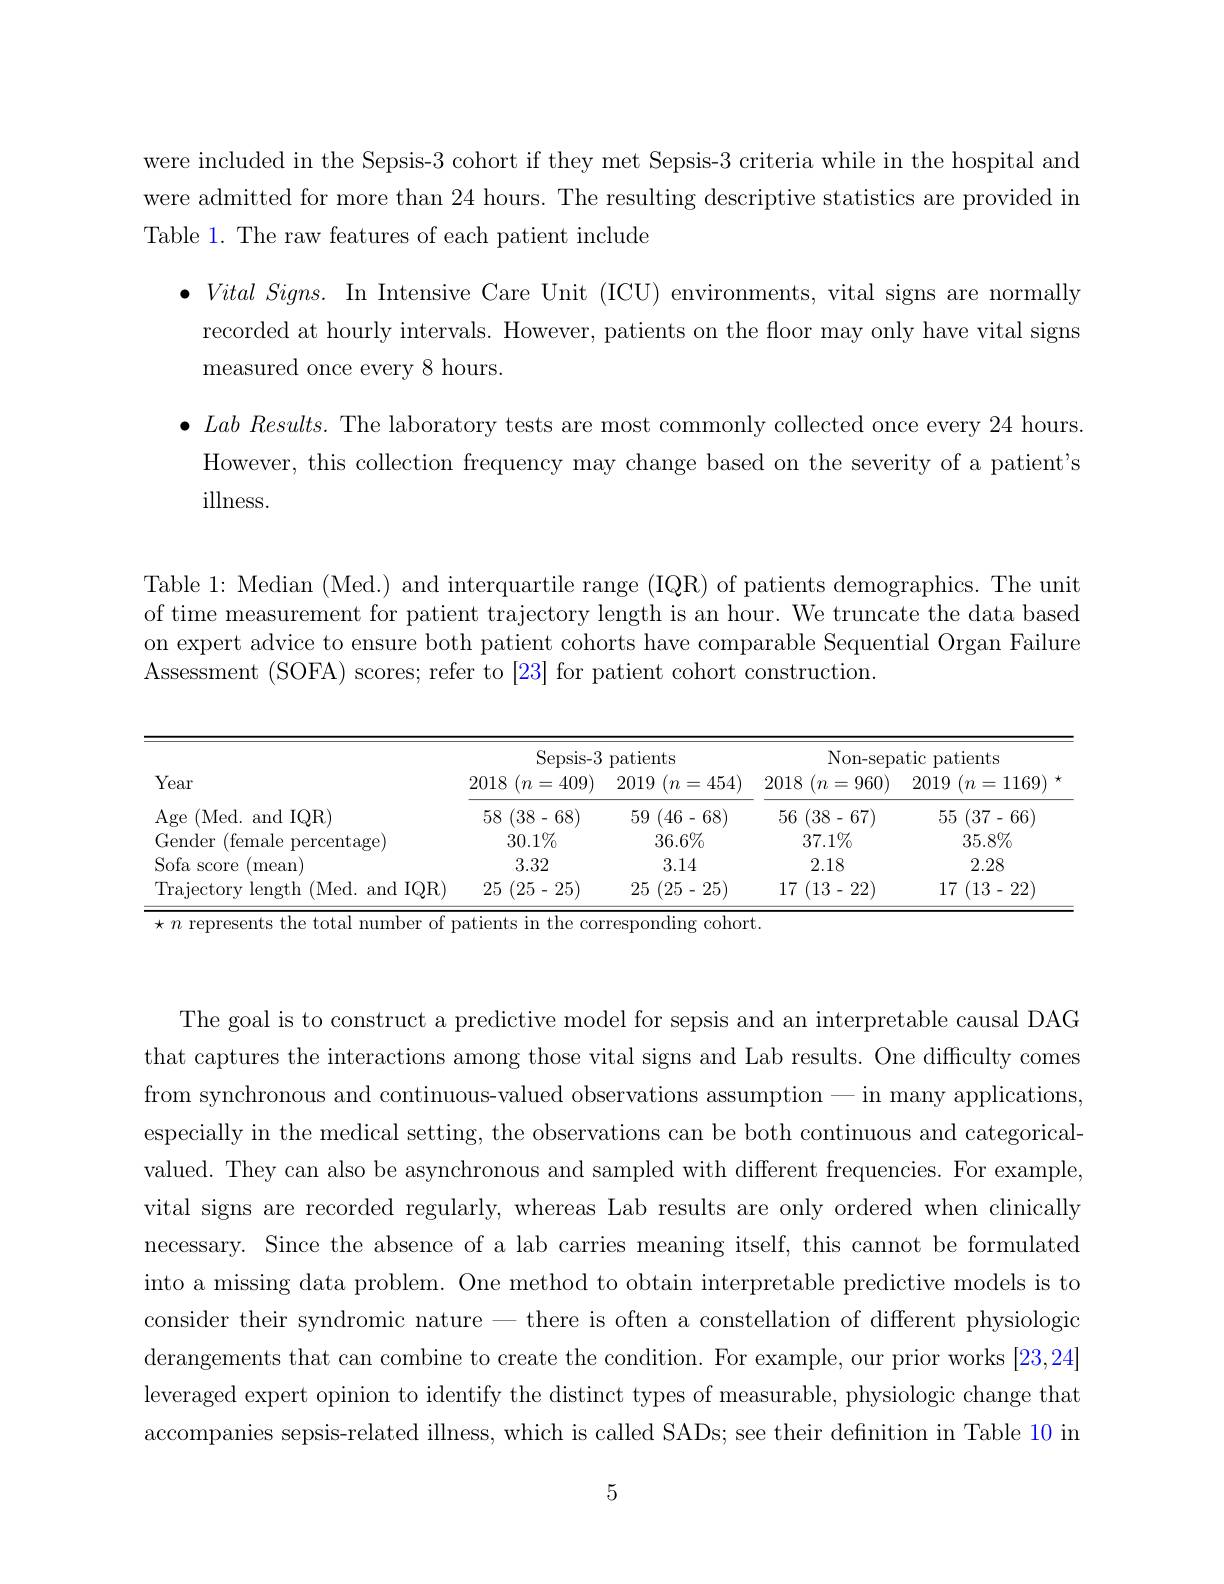
were included in the Sepsis-3 cohort if they met Sepsis-3 criteria while in the hospital and were admitted for more than 24 hours. The resulting descriptive statistics are provided im Table 1. The raw features of each patient include
$\bullet VitalSigns.$ In Intensive Care Unit (ICU) environments, vital signs are normally
recorded at hourly intervals. However, patients on the floor may only have vital signs
measured once every 8 hours.
$\bullet$ Lab $Results.$ The laboratory tests are most commonly collected once every 24 hours.
However, this collection frequency may change based on the severity of a patient's
illness.

Table 1: Median (Med.) and interquartile range (IQR) of patients demographics. The unit of time measurement for patient trajectory length is an hour. We truncate the data based on expert advice to ensure both patient cohorts have comparable Sequential Organ Failure Assessment (SOFA) scores; refer to [23] for patient cohort construction.

<table>
	<tbody>
		<tr>
			<th rowspan="2">Year</th>
			<th colspan="2">Sepsis-3 patients</th>
			<th rowspan="1">Non-sepatic patients</th>
			<th rowspan="1">Non-sepatic patients</th>
		</tr>
		<tr>
			<th>2018 $(n$ 409) =</th>
			<th>2019 $(n=$ 454 $f$</th>
			<th>2018 $(n$ 960) =</th>
			<th>2019 $(n=$ 11169)</th>
		</tr>
		<tr>
			<td>Age ( Med. and IQR) </td>
			<td>(38-68) 58 1</td>
			<td>59 (46-68)</td>
			<td>(38-67) 56</td>
			<td>(37-66) 55</td>
		</tr>
		<tr>
			<td>Gender (female percentage)</td>
			<td>$30.1\%$</td>
			<td>$36.6\%$</td>
			<td>$37.1\%$</td>
			<td>$35.8\%$</td>
		</tr>
		<tr>
			<td>Sofa score mean</td>
			<td>3.32</td>
			<td>3.14</td>
			<td>2.18</td>
			<td>2.28</td>
		</tr>
		<tr>
			<td>Trajectory length ${\mathrm{~(Med.~and~IQR)}}$</td>
			<td>25 (25-25)</td>
			<td>25 (25-25)</td>
			<td>17 (13-22)</td>
			<td>17 (13-22)</td>
		</tr>
	</tbody>
</table>
$\star n$ represents the total number of patients in the corresponding cohort.

The goal is to construct a predictive model for sepsis and an interpretable causal DAG that captures the interactions among those vital signs and Lab results. One difficulty comes from synchronous and continuous-valued observations assumption-in many applications especially in the medical setting, the observations can be both continuous and categoricall valued. They can also be asynchronous and sampled with different frequencies. For example vital signs are recorded regularly, whereas Lab results are only ordered when clinically necessary. Since the absence of a lab carries meaning itself, this cannot be formulated into a missing data problem. One method to obtain interpretable predictive models is to consider their syndromic nature - there is often a constellation of different physiologic derangements that can combine to create the condition. For example, our prior works [23,24] leveraged expert opinion to identify the distinct types of measurable, physiologic change that accompanies sepsis-related illness, which is called SADs; see their definition in Table 10 in

5